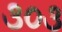
૩૦૩